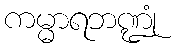
ကမ္မာရဘဏ္ဍုံ